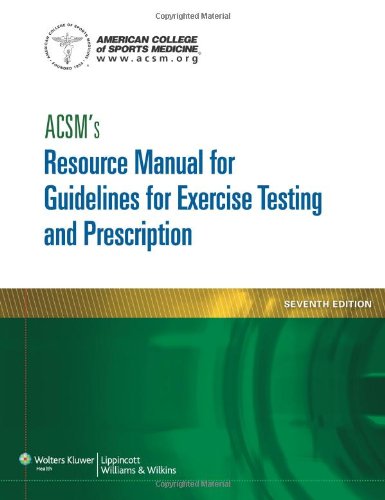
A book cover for ACSM's Resource Manual for Guidelines for Exercise Testing and Prescription (Ascms Resource Manual for Guidlies for Exercise Testing and Prescription); American College of Sports Medicine; Medical Books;